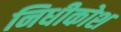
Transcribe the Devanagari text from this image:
निधीकोश